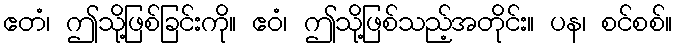
ဧတံ၊ ဤသို့ဖြစ်ခြင်းကို။ ဧဝံ၊ ဤသို့ဖြစ်သည့်အတိုင်း။ ပန၊ စင်စစ်။